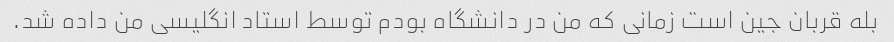
بله قربان جین است زمانی که من در دانشگاه بودم توسط استاد انگلیسی من داده شد.